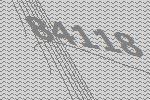
84118